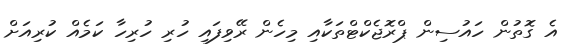
އެ ގޮތުން ހައުސިން ޕްރޮޖެކްޓްތަކާއި މިހެން ރޭވިފައި ހުރި ހުރިހާ ކަމެއް ކުރިއަށް